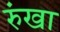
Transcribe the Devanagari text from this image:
रुंखा